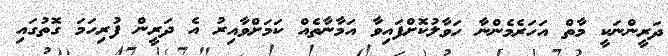
ދަރީންނަކީ މާތް އަހަރެމެންނާ ހަވާލުކޮށްފައިވާ އަމާނާތެއް ކަމަށްވާއިރު އެ ދަރީން ފުރިހަމަ ގޮތުގައި